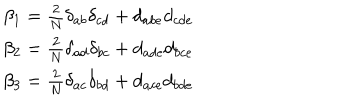
LaTeX: \begin{array} { c } { { \beta _ { 1 } = \frac 2 N \delta _ { a b } \delta _ { c d } + d _ { a b e } d _ { c d e } } } \\ { { \beta _ { 2 } = \frac 2 N \delta _ { a d } \delta _ { b c } + d _ { a d e } d _ { b c e } } } \\ { { \beta _ { 3 } = \frac 2 N \delta _ { a c } \delta _ { b d } + d _ { a c e } d _ { b d e } } } \\ \end{array}